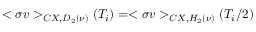
< \sigma v > _ { C X , D _ { 2 } ( \nu ) } ( T _ { i } ) = < \sigma v > _ { C X , H _ { 2 } ( \nu ) } ( T _ { i } / 2 )